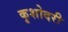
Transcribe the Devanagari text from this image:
कृशोदरी